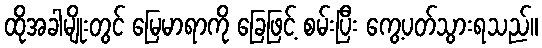
ထိုအခါမျိုးတွင် မြေမာရာကို ခြေဖြင့် စမ်းပြီး ကွေ့ပတ်သွားရသည်။